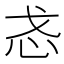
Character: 𫹳